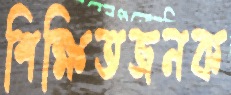
শিক্ষিতজনক